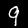
Digit: 9